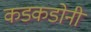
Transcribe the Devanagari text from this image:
कडकडोनी